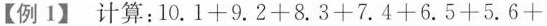
【例1】计算:$$1 0 . 1 + 9 . 2 + 8 . 3 + 7 . 4 + 6 . 5 + 5 . 6 +